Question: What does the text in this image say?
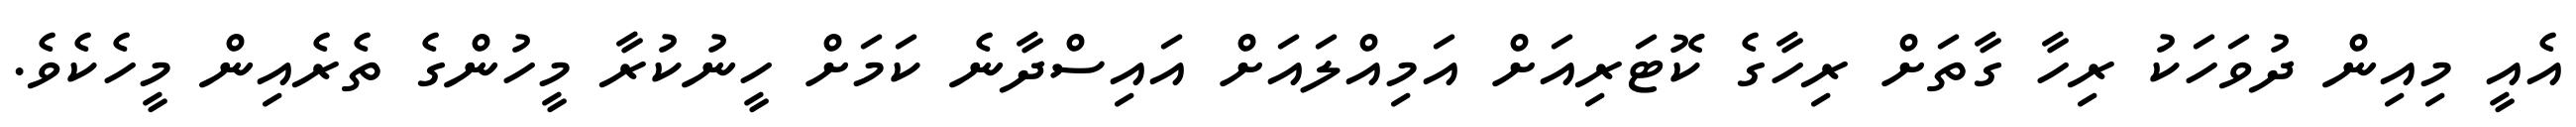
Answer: އެއީ މިއިން ދުވަހަކު ރިހާ ގާތަށް ރިހާގެ ކޮޓަރިއަށް އަމިއްލައަށް އައިސްދާނެ ކަމަށް ހީނުކުރާ މީހުންގެ ތެރެއިން މީހެކެވެ.